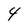
Character: 4